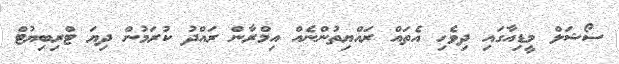
ސޯޝަލް މީޑިއާގައި ދިވެހި އެތައް ރައްޔިތުންނެއް އިމްރާން ރައްދު ކުރަމުން ދިޔަ ޓްރިބިޔުޓް